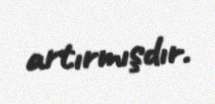
artırmışdır.